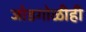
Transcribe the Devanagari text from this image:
जोडगोळीही